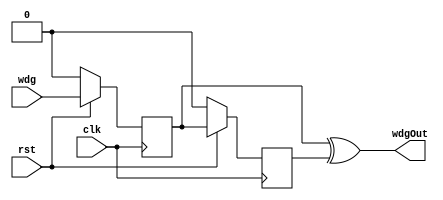
`timescale 1ns / 1ps
//////////////////////////////////////////////////////////////////////////////////
// Company: 
// Engineer: 
// 
// Design Name: 
// Module Name:    biestableT 
// Project Name: 
// Target Devices: 
// Tool versions: 
// Description: 
//
// Dependencies: 
//
// Revision: 
// Revision 0.01 - File Created
// Additional Comments: 
//
//////////////////////////////////////////////////////////////////////////////////
module biestableT(
	 input  clk,
	 input  rst,
	 input  wdg,
	 output wire wdgOut
    );

	 reg reg1;
	 reg reg2;
	 reg flag1;
	 
	 always @(posedge clk)
	 begin
	   if(!rst) begin 
			reg1 <= 1'b0;
			reg2 <= 1'b0;
			end
		else begin
		reg1 <= wdg;
		reg2 <= reg1;
		end
	 end
	 	 
	 assign wdgOut = reg1 ^ reg2;

endmodule